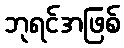
ဘုရင်အဖြစ်